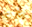
بخير